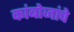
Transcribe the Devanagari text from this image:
कांबोजांचे